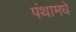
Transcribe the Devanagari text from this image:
पंथामधे